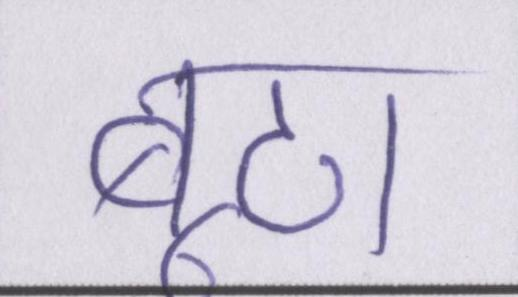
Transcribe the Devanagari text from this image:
बूटा